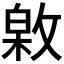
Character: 𢾟